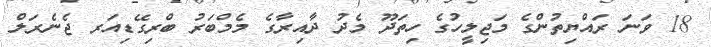
18 ވަނަ ރައްޔިތުންގެ މަޖިލީހުގެ ހިތަދޫ މެދު ދާއިރާގެ މެމްބަރު ބްރިގޭޑިއަރ ޖެނެރަލް